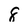
Character: 8